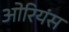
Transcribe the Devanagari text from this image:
ओरियंस